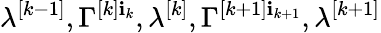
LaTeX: \lambda^{[k-1]},\Gamma^{[k]\mathbf{i}_{k}},\lambda^{[k]},\Gamma^{[k+1]\mathbf{i}_{k+1}},\lambda^{[k+1]}